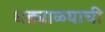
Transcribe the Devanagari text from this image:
घड्याळ्याची